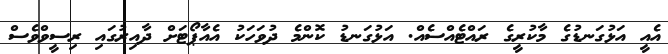
އެއީ އަޅުގަނޑުގެ މާކުރީގެ ރައްޓެއްސެއް. އަޅުގަނޑު ކޮންމެ ދުވަހަކު އެއާޕޯޓަށް ދާއިރުގައި ރިސީވްވެސް